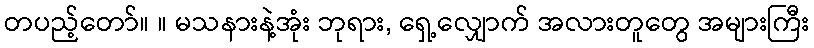
တပည့်တော်။ ။ မသနားနဲ့အုံး ဘုရား, ရှေ့လျှောက် အလားတူတွေ အများကြီး